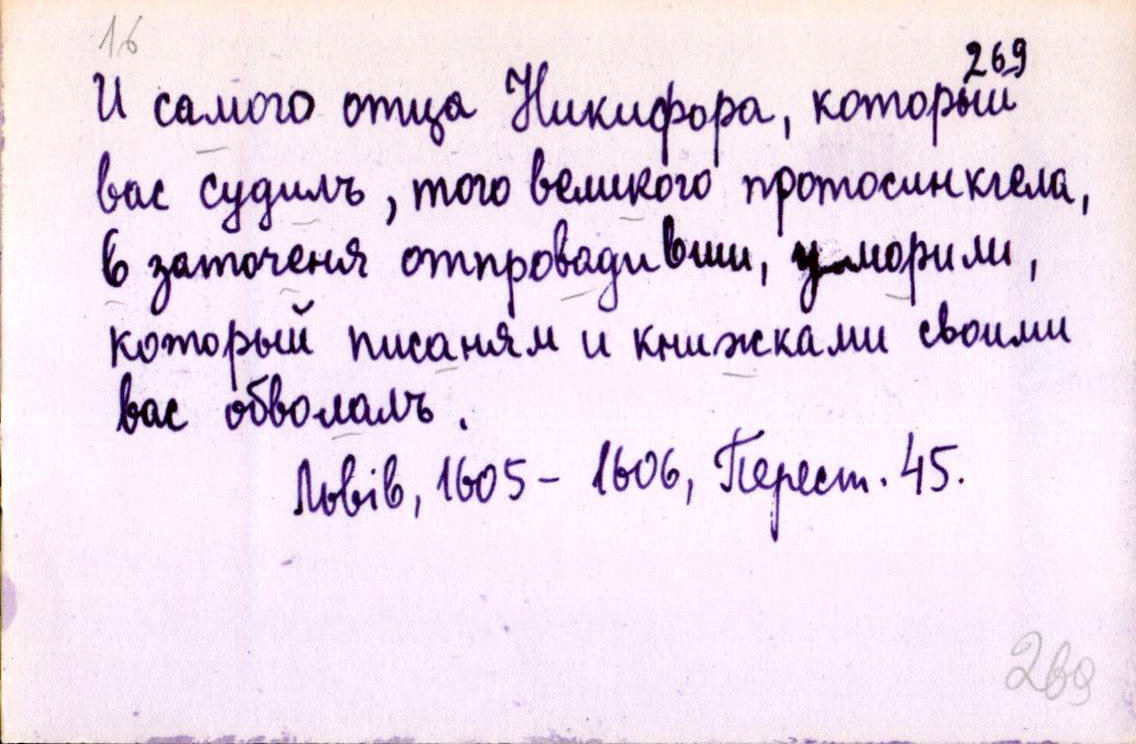
И самого отца Никифора, который
вас судилъ, того великого протосинкгела,
в заточеня отпровадивши, уморили,
который писаням и книжками своими
вас обволалъ.
Львів, 1605-1606, Перест. 45.